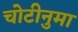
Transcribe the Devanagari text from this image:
चोटीनुमा